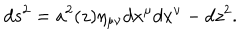
d s ^ { 2 } = a ^ { 2 } ( z ) \eta _ { \mu \nu } d x ^ { \mu } d x ^ { \nu } - d z ^ { 2 } .